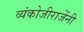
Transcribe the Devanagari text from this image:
व्यंकोजीराजेंनी